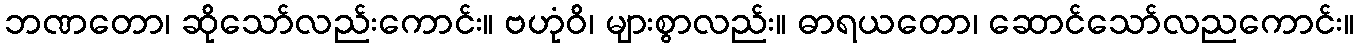
ဘဏတော၊ ဆိုသော်လည်းကောင်း။ ဗဟုံဝိ၊ များစွာလည်း။ ဓာရယတော၊ ဆောင်သော်လညကောင်း။